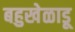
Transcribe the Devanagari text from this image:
बहुखेळाडू